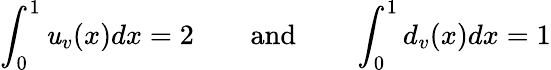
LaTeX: \int_{0}^{1}\mathit{u}_{v}(x)dx=2\qquad\mathrm{{and}}\qquad\int_{0}^{1}d_{v}(x)dx=1